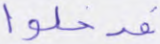
فدخلوا